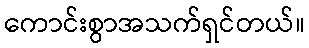
ကောင်းစွာအသက်ရှင်တယ်။